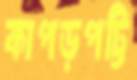
কাপড়পট্টি